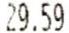
29.59